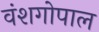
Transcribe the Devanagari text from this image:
वंशगोपाल